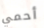
أحمي